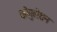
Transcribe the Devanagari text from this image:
कोगुलेशन